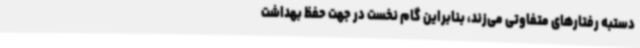
دستبه رفتارهای متفاوتی می‌زند، بنابراین گام نخست در جهت حفظ بهداشت